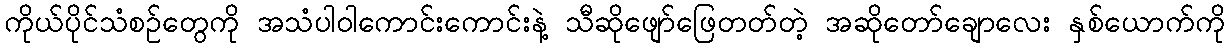
ကိုယ်ပိုင်သံစဉ်တွေကို အသံပါဝါကောင်းကောင်းနဲ့ သီဆိုဖျော်ဖြေတတ်တဲ့ အဆိုတော်ချောလေး နှစ်ယောက်ကို